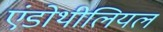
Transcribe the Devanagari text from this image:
एंडोथीलियल